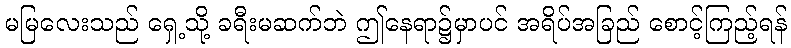
မမြလေးသည် ရှေ့သို့ ခရီးမဆက်ဘဲ ဤနေရာ၌မှာပင် အရိပ်အခြည် စောင့်ကြည့်ရန်